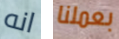
انه بعملنا